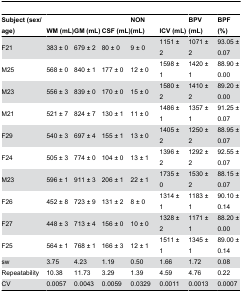
| Subject (sex/age) | WM (mL) | GM (mL) | CSF (mL) | NON (mL) | ICV (mL) | BPV (mL) | BPF (%) |
 | --- | --- | --- | --- | --- | --- | --- | --- |
 | F21 | 383 ± 0 | 679 ± 2 | 80 ± 0 | 9 ± 0 | 1151 ± 2 | 1071 ± 2 | 93.05 ± 0.07 |
 | M25 | 568 ± 0 | 840 ± 1 | 177 ± 0 | 12 ± 0 | 1598 ± 1 | 1420 ± 1 | 88.90 ± 0.00 |
 | M23 | 556 ± 3 | 839 ± 0 | 170 ± 0 | 15 ± 0 | 1580 ± 2 | 1410 ± 2 | 89.20 ± 0.00 |
 | M21 | 521 ± 7 | 824 ± 7 | 130 ± 1 | 11 ± 0 | 1486 ± 1 | 1357 ± 1 | 91.25 ± 0.07 |
 | F29 | 540 ± 3 | 697 ± 4 | 155 ± 1 | 13 ± 0 | 1405 ± 2 | 1250 ± 2 | 88.95 ± 0.07 |
 | F24 | 505 ± 3 | 774 ± 0 | 104 ± 0 | 13 ± 1 | 1396 ± 2 | 1292 ± 2 | 92.55 ± 0.07 |
 | M23 | 596 ± 1 | 911 ± 3 | 206 ± 1 | 22 ± 1 | 1735 ± 0 | 1530 ± 2 | 88.15 ± 0.07 |
 | F26 | 452 ± 8 | 723 ± 9 | 131 ± 2 | 8 ± 0 | 1314 ± 1 | 1183 ± 1 | 90.10 ± 0.14 |
 | F27 | 448 ± 3 | 713 ± 4 | 156 ± 0 | 10 ± 0 | 1328 ± 2 | 1171 ± 1 | 88.20 ± 0.00 |
 | F25 | 564 ± 1 | 768 ± 1 | 166 ± 3 | 12 ± 1 | 1511 ± 1 | 1345 ± 1 | 89.00 ± 0.14 |
 | sw | 3.75 | 4.23 | 1.19 | 0.50 | 1.66 | 1.72 | 0.08 |
 | Repeatability | 10.38 | 11.73 | 3.29 | 1.39 | 4.59 | 4.76 | 0.22 |
 | CV | 0.0057 | 0.0043 | 0.0059 | 0.0329 | 0.0011 | 0.0013 | 0.0007 |